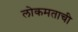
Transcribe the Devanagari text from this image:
लोकमताची